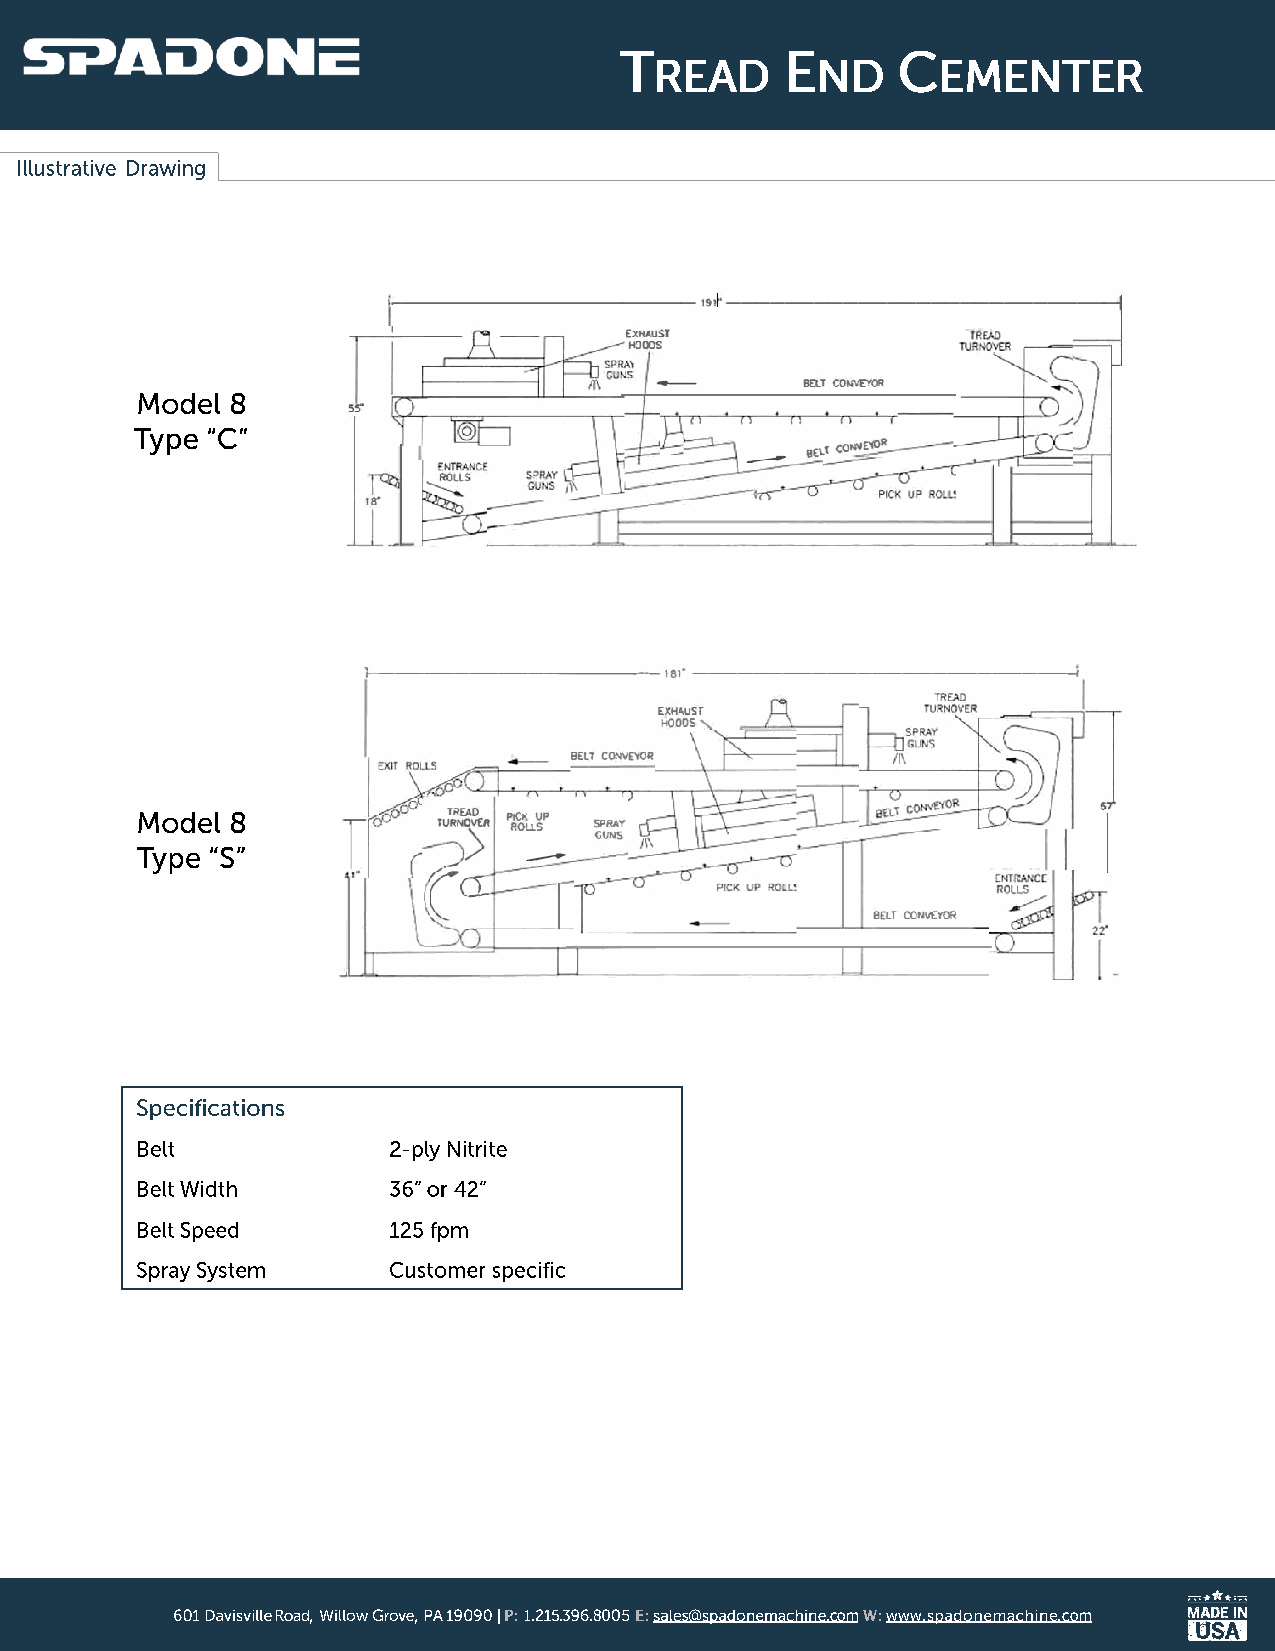
,      ,     | P: 1. . .8 E: @     .comW:www.     .com